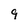
Character: 9